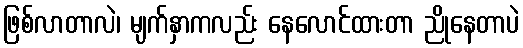
ဖြစ်လာတာလဲ၊ မျက်နှာကလည်း နေလောင်ထားတာ ညိုနေတာပဲ